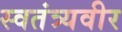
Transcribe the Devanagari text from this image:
स्वतंत्र्यवीर